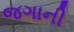
જગાની